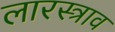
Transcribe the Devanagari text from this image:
लारस्त्राव